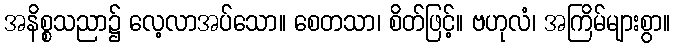
အနိစ္စသညာ၌ လေ့လာအပ်သော။ စေတသာ၊ စိတ်ဖြင့်။ ဗဟုလံ၊ အကြိမ်များစွာ။